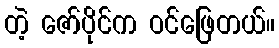
တဲ့ ဇော်ပိုင်က ဝင်ဖြေတယ်။